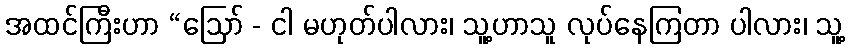
အထင်ကြီးဟာ “ဩော် - ငါ မဟုတ်ပါလား၊ သူ့ဟာသူ လုပ်နေကြတာ ပါလား၊ သူ့